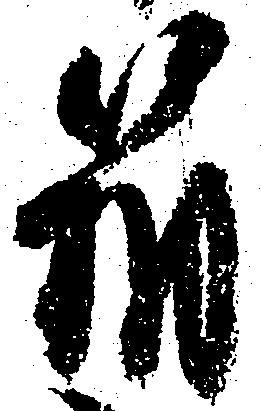
箱